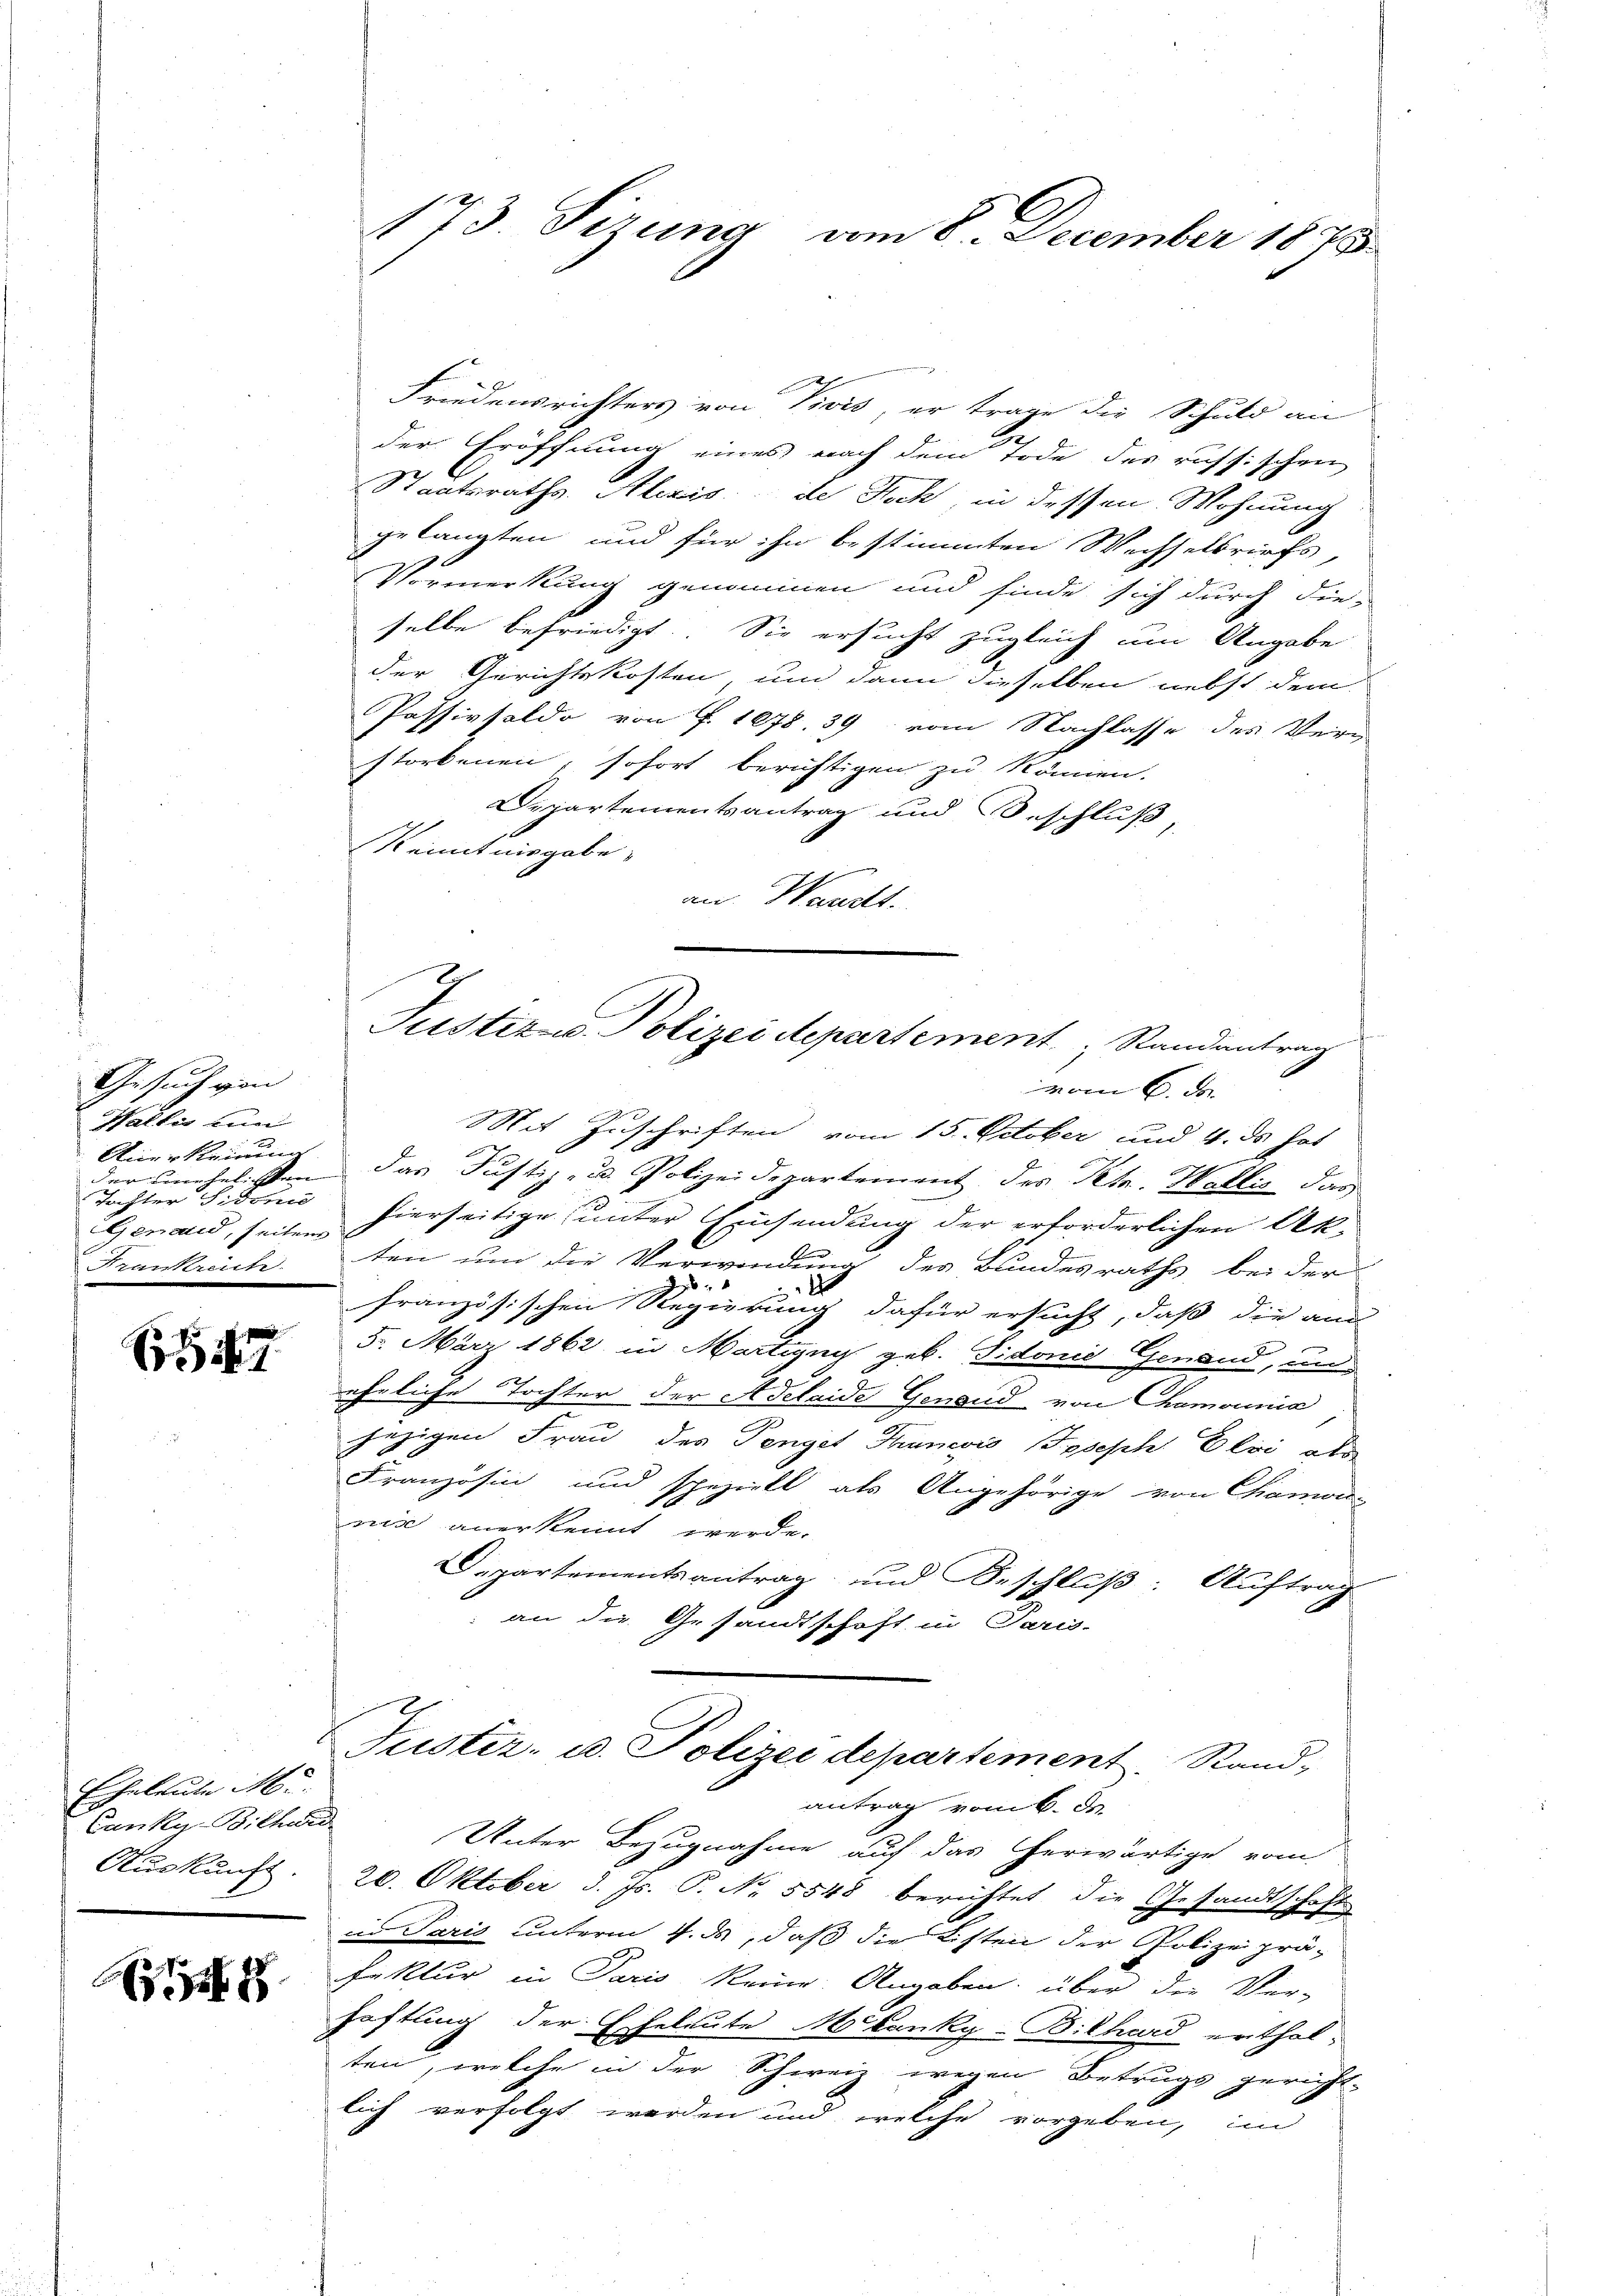
Gesuch von
Wallis bun
e
Anerkennung
der Einehelichken
Tochter Sidoni
Gemand, seitens
Frankreich

147.

Eheleute M.
Canky-Bilhard
Auskunft.

2

173 Sizung, vom 8. December 1875

Friedensrichters von Divis, er trage die Schuld an
der Eröffnung eines nach dem Tode der russischen
Staatsraths. Alezis de Hoch, in dessen Wohnung
gelangten und für ihn bestimmten Wechselsriefs,
Vormerkung genommen und finde sich durch dieselbe befriedigt. Sie ersucht zugleich um Angabe
der Gerichtskosten und dann dieselben nebst dem
Passivsaldo von §. 1078. 39 vom Nachlasse des Verg
storbenen, sofort berichtigen zu können.
Departementsantrag und Beschluß,
Kenntnisgabe,
an Waadt.
vom 6. der
Mit Zuschriften vom 15. October und 4. ds Jos

das Justiz- u. Polizeidepartement des Petr. Wallis das
hierseitige unter Einsendung der erforderlichen Akten um die Verwendung der Bundesraths, bei der

2
französischen Regierung dafür ersucht, daß die aus
5. März 1862 in Martigny geb. Sidonie Genand, und
eheliche Tochter der Adelaide Genand von Chamonia
jezigen Frau des Penget Tunevis Joseph Elvi als
Französin und speziell als Angehörige von Chamon
vise anerkennt werde.
Departementsantrag und Beschluß: Auftrag
an die Gesandtschaft in Paris.
Justiz- u. Polizei departement. Stand,
antrag vom 6. ds.
Unter Bezugnahme auf das herwärtige vom
20. Oktober d. Js. P. Nr. 5548 berichtet die Gesandtschaft
in Paris unterm 4. ds, daß die Listen der Polizeiprä-
fektur in Paris keine Angaben, über die Ver-
haftling der Eheleute Mitanky-Bilhard erthal-
ten, welche in der Schweiz wegen Betrugs gericht-
lich verfolgt werden und welche vorgeben, un

Justiz u. Polizeidepartement Standentrag